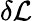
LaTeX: \delta\mathcal{L}